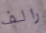
رالف